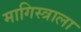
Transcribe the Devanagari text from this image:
मागिस्त्राला